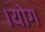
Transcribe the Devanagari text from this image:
।योग